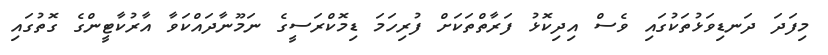
މިފަދަ ދަނޑިވަޅުތަކުގައި ވެސް އިދިކޮޅު ފަރާތްތަކަށް ފުރިހަމަ ޑިމޮކްރަސީގެ ނަމޫނާދައްކަވާ އާރުކާޓީންގެ ގޮތުގައި